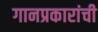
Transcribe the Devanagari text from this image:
गानप्रकारांची